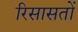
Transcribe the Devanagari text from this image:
रिसासतों